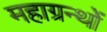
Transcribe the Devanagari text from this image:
महाग्रन्थों